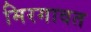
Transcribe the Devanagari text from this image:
मिरगावत